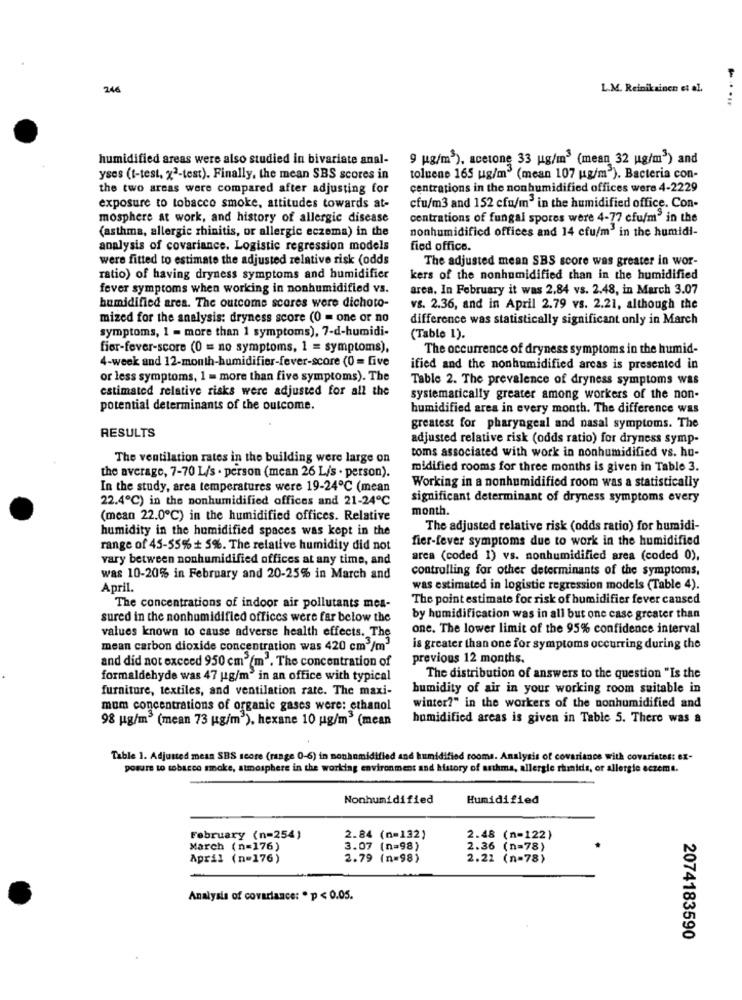
246
L.M. Reinikainen et al.
humidified areas were also studied in bivariate anal-
9 ug/m3), acetone 33 ug/m3 (mean 32 ug/m') and
yses (t-test, x2-test). Finally, the mean SBS scores in
toluene 165 ug/m (mean 107 ug/m"). Bacteria con-
the two areas were compared after adjusting for
centrations in the nonhumidified offices were 4-2229
exposure to tobacco smoke, attitudes towards at-
cfu/m3 and 152 cfu/m' in the humidified office. Con-
mosphere at work, and history of allergic disease
centrations of fungal spores were 4-77 cfu/m" in the
(asthma, allergic rhinitis, or allergic eczema) in the
nonhumidified offices and 14 cfu/m' in the humidi-
analysis of covariance. Logistic regression models
fied office.
were fitted to estimate the adjusted relative risk (odds
The adjusted mean SBS score was greater in wor-
ratio) of having dryness symptoms and humidifier
kers of the nonhumidified than in the humidified
fever symptoms when working in nonhumidified vs.
area. In February it was 2.84 vs. 2.48, in March 3.07
humidified area. The outcome scores were dichoto-
vs. 2.36, and in April 2.79 vs. 2.21, although the
mized for the analysis: dryness score (0 = one or no
difference was statistically significant only in March
symptoms, 1 = more than 1 symptoms), 7-d-humidi-
(Table 1).
fier-fever-score (0 = no symptoms, 1 = symptoms),
The occurrence of dryness symptoms in the humid-
4-week and 12-month-humidifier-fever-score (0 = five
ified and the nonhumidified arcas is presented in
or less symptoms, 1 = more than five symptoms). The
Table 2. The prevalence of dryness symptoms was
estimated relative risks were adjusted for all the
systematically greater among workers of the non-
potential determinants of the outcome.
humidified area in every month. The difference was
RESULTS
greatest for pharyngeal and nasal symptoms. The
adjusted relative risk (odds ratio) for dryness symp-
toms associated with work in nonhumidified vs. hu-
The ventilation rates in the building were large on
the average, 7-70 L/s . person (mean 26 L/s . person).
midified rooms for three months is given in Table 3.
Working in a nonhumidified room was a statistically
In the study, area temperatures were 19-24℃ (mean
22.4℃) in the nonhumidified offices and 21-24℃
significant determinant of dryness symptoms every
month.
(mean 22.0℃) in the humidified offices. Relative
humidity in the humidified spaces was kept in the
The adjusted relative risk (odds ratio) for humidi-
fier-fever symptoms due to work in the humidified
range of 45-55% + 5%. The relative humidity did not
vary between nonhumidified offices at any time, and
arca (coded 1) vs. nonhumidified area (coded 0),
controlling for other determinants of the symptoms,
was 10-20% in February and 20-25% in March and
April.
was estimated in logistic regression models (Table 4).
The point estimate for risk of humidifier fever caused
The concentrations of indoor air pollutants mes-
sured in the nonhumidified offices were far below the
by humidification was in all but one case greater than
one. The lower limit of the 95% confidence interval
values known to cause adverse health effects. The
mean carbon dioxide concentration was 420 cm /m'
is greater than one for symptoms occurring during the
and did not exceed 950 cm (m'. The concentration of
previous 12 months.
formaldehyde was 47 ug/m" in an office with typical
The distribution of answers to the question "Is the
furniture, textiles, and ventilation rate. The maxi-
humidity of air in your working room suitable in
mum concentrations of organic gases were: ethanol
winter?" in the workers of the nonhumidified and
98 ug/m3 (mean 73 kg/m3), hexane 10 ug/m" (mean
humidified areas is given in Table 5. There was a
Table 1. Adjusted mean SBS score (range 0-6) in nonhumidified and humidified rooms. Analysis of covariance with covariates: ex-
posare to tobacco smoke, atmosphere in the working environment and history of asthma, allergie rhumids, or allergie eczema.
Nonhumidified
Humidified
February (n=254)
2.84 (n=132)
2.48 (n=122)
March (n=176)
3.07 (n=98)
2.36 (n=78)
April (n=176)
2.79 (n=98)
2.21 (n=78)
Analysis of covariance: . p < 0.05.
2074183590